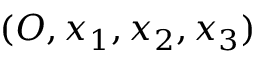
( O , x _ { 1 } , x _ { 2 } , x _ { 3 } )